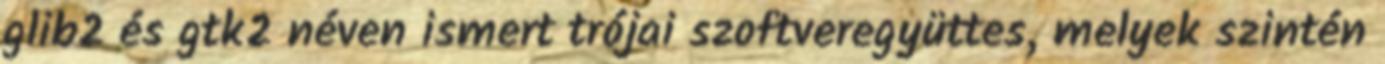
glib2 és gtk2 néven ismert trójai szoftveregyüttes, melyek szintén